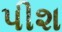
પીશ